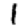
Digit: 1